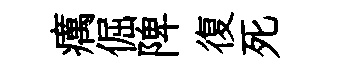
癘倔陴復死